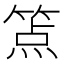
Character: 𰪉